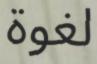
لغوة